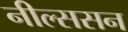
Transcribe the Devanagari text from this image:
नील्ससन